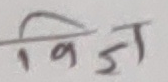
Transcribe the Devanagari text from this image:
विज